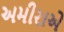
અમીરાએ